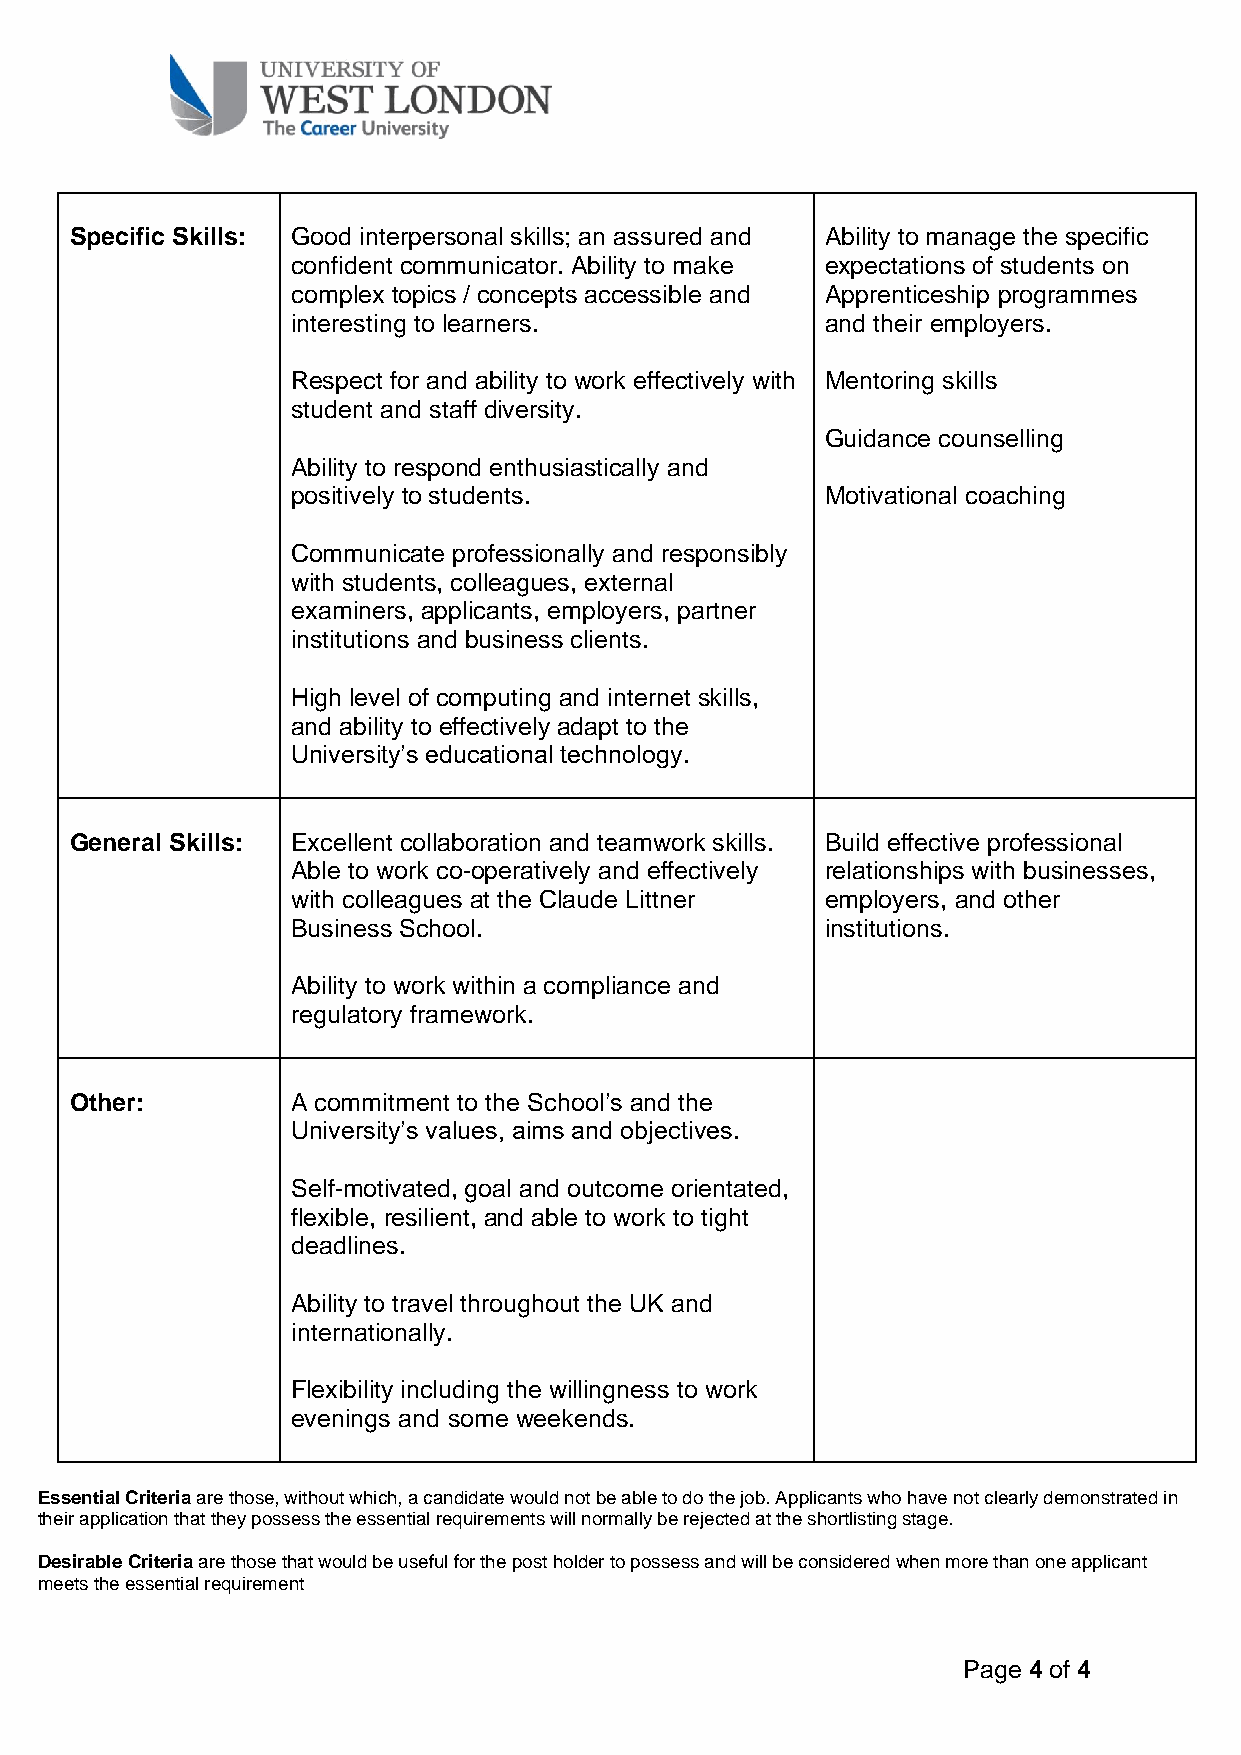
Specific Skills: Good interpersonal skills; an assured and Ability to manage the specific
 confident communicator. Ability to make expectations of students on
 complex topics / concepts accessible and Apprenticeship programmes
 interesting to learners.            and their employers.
 Respect for and ability to work effectively with Mentoring skills
 student and staff diversity.
 Guidance counselling
 Ability to respond enthusiastically and
 positively to students.             Motivational coaching
 Communicate professionally and responsibly
 with students, colleagues, external
 examiners, applicants, employers, partner
 institutions and business clients.
 High level of computing and internet skills,
 and ability to effectively adapt to the
 University’s educational technology.
 General Skills: Excellent collaboration and teamwork skills. Build effective professional
 Able to work co-operatively and effectively relationships with businesses,
 with colleagues at the Claude Littner employers, and other
 Business School.                    institutions.
 Ability to work within a compliance and
 regulatory framework.
 Other:        A commitment to the School’s and the
 University’s values, aims and objectives.
 Self-motivated, goal and outcome orientated,
 flexible, resilient, and able to work to tight
 deadlines.
 Ability to travel throughout the UK and
 internationally.
 Flexibility including the willingness to work
 evenings and some weekends.
 Essential Criteria are those, without which, a candidate would not be able to do the job. Applicants who have not clearly demonstrated in
 their application that they possess the essential requirements will normally be rejected at the shortlisting stage.
 Desirable Criteria are those that would be useful for the post holder to possess and will be considered when more than one applicant
 meets the essential requirement
 Page 4 of 4